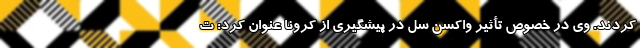
کردند. وی در خصوص تأثیر واکسن سل در پیشگیری از کرونا عنوان کرد: ت